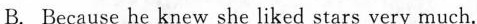
B. Because he knew sheliked stars very much.